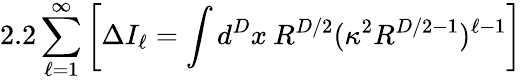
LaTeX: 2.2\sum_{\ell=1}^{\infty}\left[\Delta I_{\ell}=\int d^{D}x\: R^{D/2}(\kappa^{2}R^{D/2-1})^{\ell-1}\right]